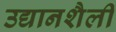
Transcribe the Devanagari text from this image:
उद्यानशैली